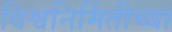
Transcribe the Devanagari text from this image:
विश्वनिर्मितीच्या